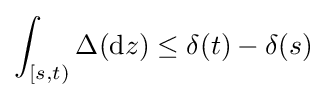
\int _{[s,t)}\Delta (\mathrm {d} z)\leq \delta (t)-\delta (s)